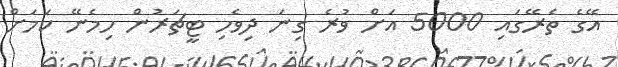
އޭގެ ތެރޭގައި 5000 އަށް ވުރެ ގިނަ ދިވެހި ޓީޗަރުން ހިމެނޭ ކަމަށް